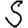
Digit: 5